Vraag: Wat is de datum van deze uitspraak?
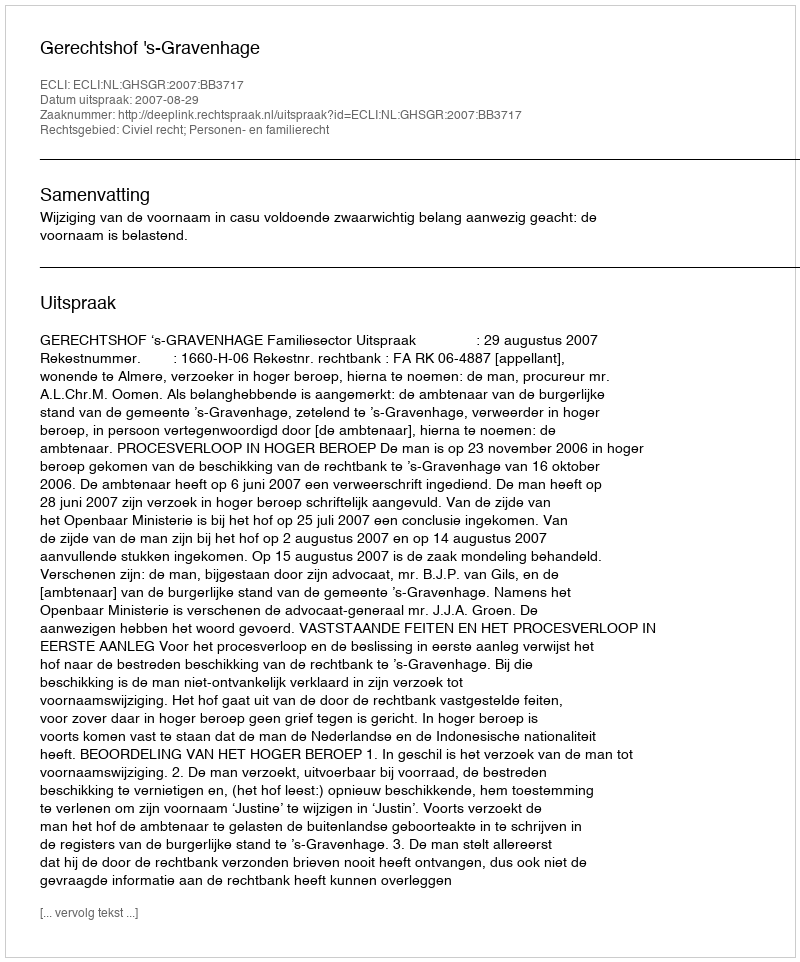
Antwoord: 2007-08-29